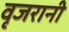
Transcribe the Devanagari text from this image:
वृजरानी